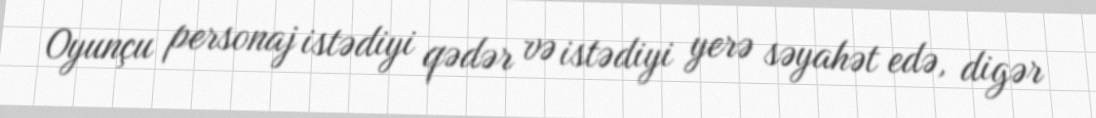
Oyunçu personaj istədiyi qədər və istədiyi yerə səyahət edə, digər